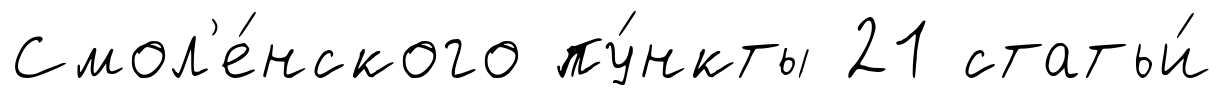
Смол'е́нского пу́нкты 21 статьи́